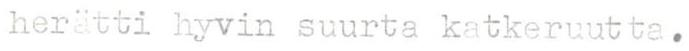
herätti hyvin suurta katkeruutta.